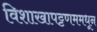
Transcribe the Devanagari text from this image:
विशाखापट्टणममधून